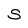
Character: S